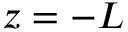
z = - L